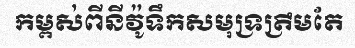
កម្ពស់ពីនីវ៉ូទឹកសមុទ្រត្រឹមតែ